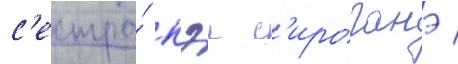
с'естра́ кэи с'ироганэ /